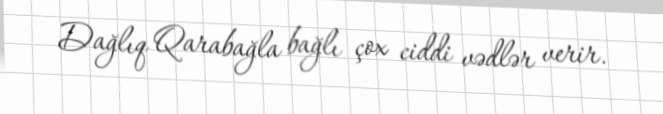
Dağlıq Qarabağla bağlı çox ciddi vədlər verir.